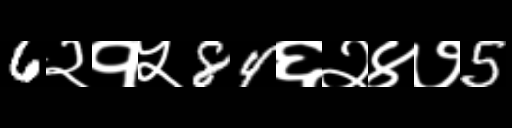
Text: 6२१५84६२४७5